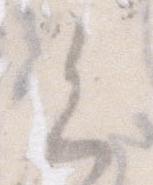
く